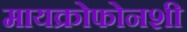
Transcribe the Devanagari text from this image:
मायक्रोफोनशी